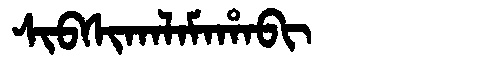
Manchu: ᠰᡳᠪᠰᡳᡴᠠᠯᠠᠮᠠᡥᠠᠪᡳ
Romanization: SIBSIKALAMAHABI